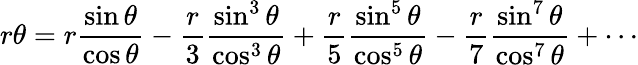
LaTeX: r\theta={r{\frac{\sin\theta}{\cos\theta}}}-{\frac{r}{3}}{\frac{\sin^{3}\theta}{\cos^{3}\theta}}+{\frac{r}{5}}{\frac{\sin^{5}\theta}{\cos^{5}\theta}}-{\frac{r}{7}}{\frac{\sin^{7}\theta}{\cos^{7}\theta}}+\cdots